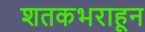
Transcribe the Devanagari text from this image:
शतकभराहून